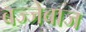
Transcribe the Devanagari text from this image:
बज्जेबाज